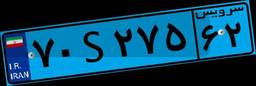
۳۴S۶۸۸۱۷